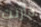
قارنت